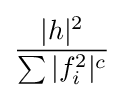
{\frac {|h|^{2}}{\sum |f_{i}^{2}|^{c}}}